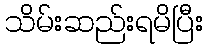
သိမ်းဆည်းရမိပြီး